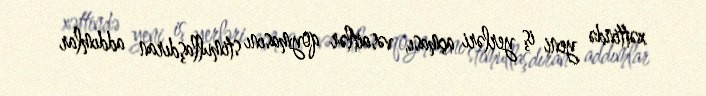
xəttində yeni iş yerləri açması, vəsaitlər qoymasını stimullaşdıran addımlar